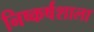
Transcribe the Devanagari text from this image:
निष्कर्षशाला